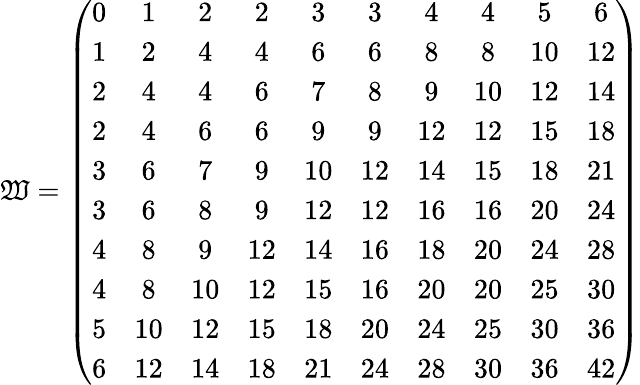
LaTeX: \mathfrak{W}=\left(\begin{array}{cccccccccc}{0}&{1}&{2}&{2}&{3}&{3}&{4}&{4}&{5}&{6}\\ {1}&{2}&{4}&{4}&{6}&{6}&{8}&{8}&{10}&{12}\\ {2}&{4}&{4}&{6}&{7}&{8}&{9}&{10}&{12}&{14}\\ {2}&{4}&{6}&{6}&{9}&{9}&{12}&{12}&{15}&{18}\\ {3}&{6}&{7}&{9}&{10}&{12}&{14}&{15}&{18}&{21}\\ {3}&{6}&{8}&{9}&{12}&{12}&{16}&{16}&{20}&{24}\\ {4}&{8}&{9}&{12}&{14}&{16}&{18}&{20}&{24}&{28}\\ {4}&{8}&{10}&{12}&{15}&{16}&{20}&{20}&{25}&{30}\\ {5}&{10}&{12}&{15}&{18}&{20}&{24}&{25}&{30}&{36}\\ {6}&{12}&{14}&{18}&{21}&{24}&{28}&{30}&{36}&{42}\end{array}\right)